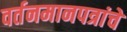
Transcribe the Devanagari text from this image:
वर्तनमानपत्रांचे